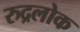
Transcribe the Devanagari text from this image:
रुद्रलोक